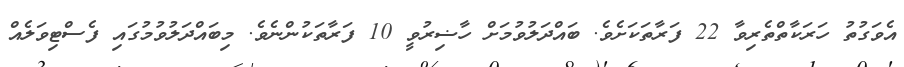
އެވަގުތު ހަރަކާތްތެރިވާ 22 ފަރާތަކަށެވެ. ބައްދަލުވުމަށް ހާޟިރުވީ 10 ފަރާތަކުންނެވެ. މިބައްދަލުވުމުގައި ފެސްޓިވަލެއް